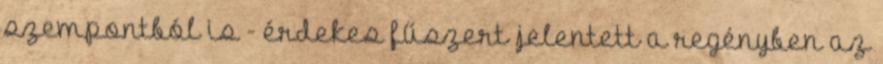
szempontból is - érdekes fűszert jelentett a regényben az